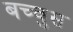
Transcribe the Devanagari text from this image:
बच्चुस